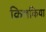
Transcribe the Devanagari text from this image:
किलकिया